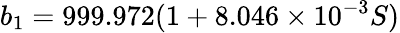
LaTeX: b_{1}=999.972(1+8.046\times 10^{-3}S)